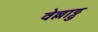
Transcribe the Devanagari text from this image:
वेल्लाट्टु